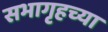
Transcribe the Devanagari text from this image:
सभागृहच्या